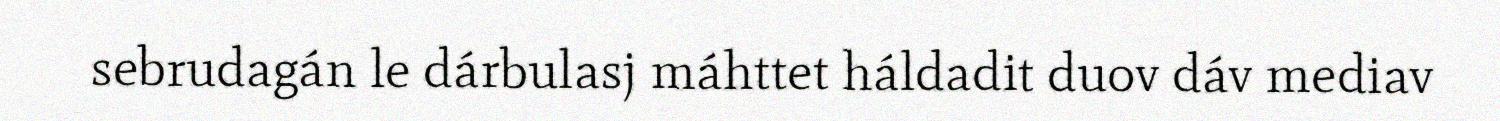
sebrudagán le dárbulasj máhttet háldadit duov dáv mediav